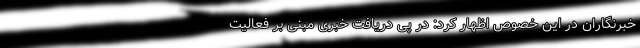
خبرنگاران در این خصوص اظهار کرد: در پی دریافت خبری مبنی بر فعالیت